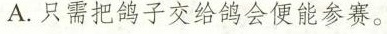
A.只需把鸽子交给鸽会便能参赛。